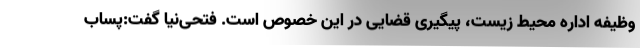
وظیفه اداره محیط زیست، پیگیری قضایی در این خصوص است. فتحی‌نیا گفت:پساب